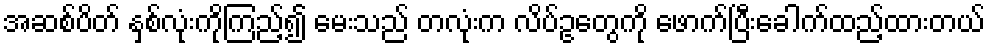
အဆစ်ပိတ် နှစ်လုံးကိုကြည့်၍ မေးသည် တလုံးက လိပ်ဥတွေကို ဖောက်ပြီးခေါက်ထည့်ထားတယ်